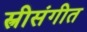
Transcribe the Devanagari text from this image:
स्त्रीसंगीत